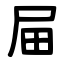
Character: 屇